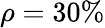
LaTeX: \rho=30\%